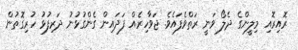
ރޮއިރޮއި މިލީންގެ ދެލޯ ވަނީ ރަތްވެފައެވެ. ޖަވާހިރެއް ފަދައިން ގެންގުޅުނު ދަރިފުޅު ހުރިގޮތުން